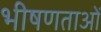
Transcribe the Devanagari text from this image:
भीषणताओं